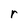
Character: r